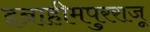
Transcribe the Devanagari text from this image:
इब्राहीमपुरराजू